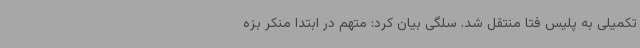
تکمیلی به پلیس فتا منتقل شد. سلگی بیان کرد: متهم در ابتدا منکر بزه